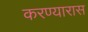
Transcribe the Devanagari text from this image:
करण्यारास